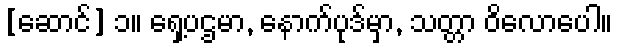
[ဆောင်] ၁။ ရှေ့ပဌမာ, နောက်ပုဒ်မှာ, သတ္တာ ဝိလောပေါ။